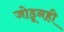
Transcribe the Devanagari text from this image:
जोडूनही